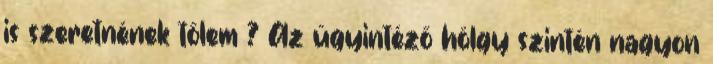
is szeretnének tőlem ? Az ügyintéző hölgy szintén nagyon